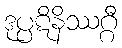
ဒုပ္ပဋိနိဿဂ္ဂီ